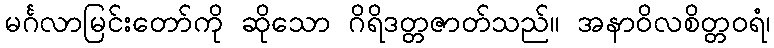
မင်္ဂလာမြင်းတော်ကို ဆိုသော ဂိရိဒတ္တဇာတ်သည်။ အနာဝိလစိတ္တဝရံ၊